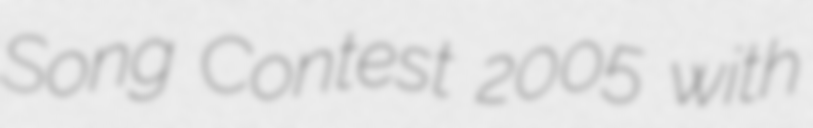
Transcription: Song Contest 2005 with